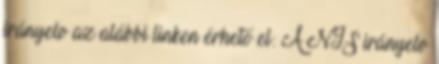
irányelv az alábbi linken érhető el: A NIS irányelv